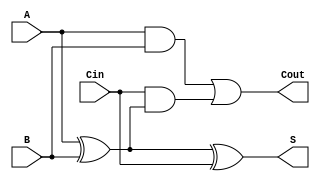
module full_adder (
    input wire A,    // First input bit
    input wire B,    // Second input bit
    input wire Cin,  // Carry-in bit
    output wire S,   // Sum output
    output wire Cout // Carry-out output
);

// Internal signals
wire A_xor_B; // Intermediate signal for A XOR B

// Logic for Sum (S)
assign A_xor_B = A ^ B; // A XOR B
assign S = A_xor_B ^ Cin; // S = (A XOR B) XOR Cin

// Logic for Carry-out (Cout)
assign Cout = (A & B) | (Cin & A_xor_B); // Cout = (A AND B) OR (Cin AND (A XOR B))

endmodule